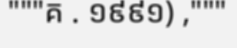
"""គ . ១៩៩១) ,"""